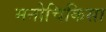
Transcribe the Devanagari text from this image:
मनोचिकिसा